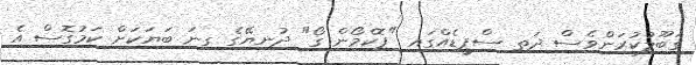
ގަބޫލުކުރަންވެސް ދަތި ސްޕީޑެއްގައި "ޕޮކެމޯން ގޯ" ދުނިޔޭގެ ގިނަ ބަޔަކަށް ކަމުގޮސް އެ